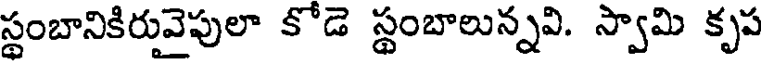
స్థంబానికిరువైపులా కోడె స్థంబాలున్నవి. స్వామి కృప